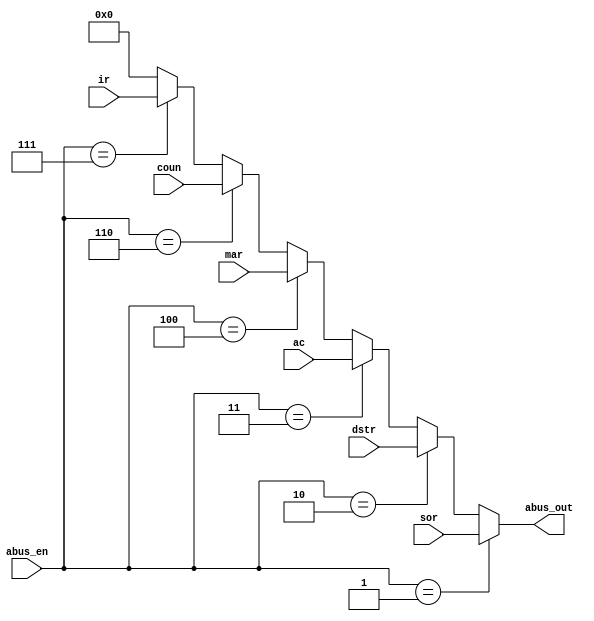
// Bus A and B

module BusA( 	input [2:0] abus_en,
					input [31:0] ir, mar, sor, dstr, coun, ac,
					output wire [31:0] abus_out);

	assign abus_out = 	(abus_en == 3'd1)? sor:
								(abus_en == 3'd2)? dstr:
								(abus_en == 3'd3)? ac:
								(abus_en == 3'd4)? mar:
								(abus_en == 3'd6)? coun:
								(abus_en == 3'd7)? ir:32'd0;
endmodule


module BusB(	input [2:0] bbus_en,
					input [31:0] reg1, reg2, reg3, ir,
					output wire [31:0] bbus_out);

		assign bbus_out = 	(bbus_en == 3'd4)? reg1:
									(bbus_en == 3'd5)? reg2:
									(bbus_en == 3'd6)? reg3:
									(bbus_en == 3'd7)? ir:32'd0;
									
endmodule